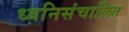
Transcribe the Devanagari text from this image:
ध्वनिसंचालित